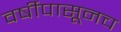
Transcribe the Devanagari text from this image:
वर्षीपासूनच